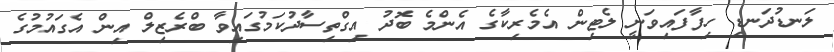
ލަނޑުދަނޑި ހިފާފައިވަނީ ލެޓިން އެމެރިކާގެ އެންމެ ބޮދު އިގްތިސާދުކަމުގައިވާ ބްރެޒިލް އިން އެގައުމުގެ